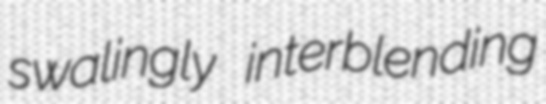
swalingly interblending